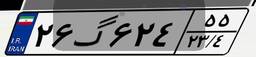
۲۶گ۶۲۴۵۵